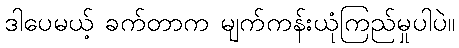
ဒါပေမယ့် ခက်တာက မျက်ကန်းယုံကြည်မှုပါပဲ။